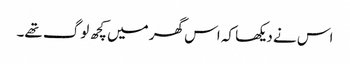
اس نے دیکھا کہ اس گھر میں کچھ لوگ تھے۔